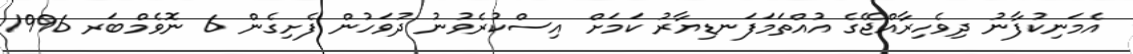
އެމަނިކުފާނު ދިވެހިރާއްޖޭގެ އުއްތަމަފަނޑިޔާރު ކަމަށް އިސްކުރެވުނު ދުވަހުން ފެށިގެން 6 ނޮވެމްބަރ 1996